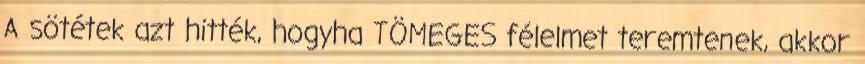
A sötétek azt hitték, hogyha TÖMEGES félelmet teremtenek, akkor